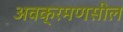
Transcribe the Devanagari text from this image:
अवक्रमणसील